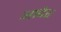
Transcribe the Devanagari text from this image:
आदेर